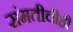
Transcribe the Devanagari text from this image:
संमतीचीही